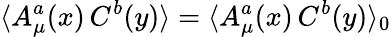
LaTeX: \langle A_{\mu}^{a}(x)\, C^{b}(y)\rangle=\langle A_{\mu}^{a}(x)\, C^{b}(y)\rangle_{0}